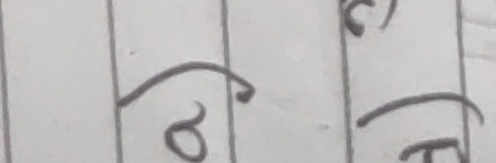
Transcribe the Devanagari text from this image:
ठ